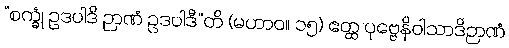
“စက္ခုံ ဥဒပါဒိ ဉာဏံ ဥဒပါဒီ”တိ (မဟာဝ။ ၁၅) ဧတ္ထ ပုဗ္ဗေနိဝါသာဒိဉာဏံ